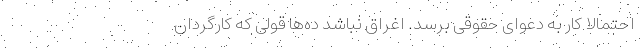
احتمالاً کار به دعوای حقوقی برسد. اغراق نباشد ده‌ها قولی که کارگردان